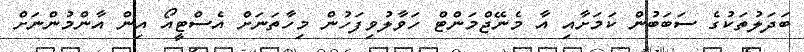
ބަދަލުތަކުގެ ސަބަބުން ކަމަށާއި އާ މެނޭޖްމަންޓް ހަވާލުވިފަހުން މިހާތަނަށް އެސްޓީއޯ އިން އާންމުންނަށް